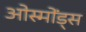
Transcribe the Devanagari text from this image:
ओस्मोंड्स